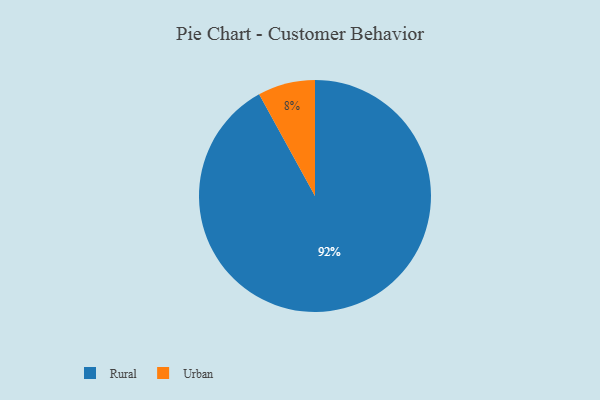
{"axis": {"x": "Category", "y": "Percentage"}, "legend": ["Rural", "Urban"], "data": [{"x": "Urban", "y": 8, "type": "Urban"}, {"x": "Rural", "y": 92, "type": "Rural"}]}